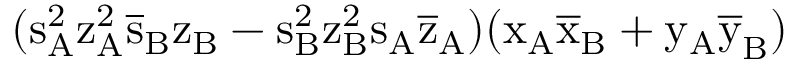
( \mathrm { s _ { A } ^ { 2 } \mathrm { z _ { A } ^ { 2 } \mathrm { \overline { { s } } _ { B } \mathrm { z _ { B } - \mathrm { s _ { B } ^ { 2 } \mathrm { z _ { B } ^ { 2 } \mathrm { s _ { A } \mathrm { \overline { { z } } _ { A } ) ( \mathrm { x _ { A } \mathrm { \overline { { x } } _ { B } + \mathrm { y _ { A } \mathrm { \overline { { y } } _ { B } ) } } } } } } } } } } } }